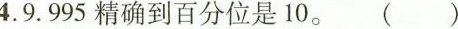
4.9.995精确到百分位是10.。( )